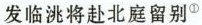
发临洮将赴北庭留别^{①}